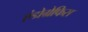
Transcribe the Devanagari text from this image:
एंडोग्रेफिस